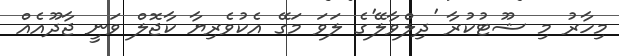
މިހާރު މި ޝޫޓުކުރާ 'ދިލްވާލޭ'ގެ ލަވަ މަގޭ އެކުވެރިޔާ ކާޖޮލް ވަނީ ޖާދޫއެއް